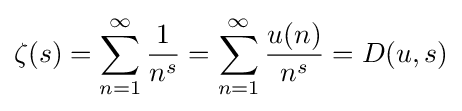
\zeta (s)=\sum _{n=1}^{\infty }{\frac {1}{n^{s}}}=\sum _{n=1}^{\infty }{\frac {u(n)}{n^{s}}}=D(u,s)